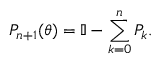
P _ { n + 1 } ( \boldsymbol { \theta } ) = \mathbb { I } - \sum _ { k = 0 } ^ { n } P _ { k } .